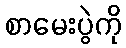
စာမေးပွဲကို